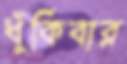
ধুঁকিবার